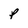
Character: p